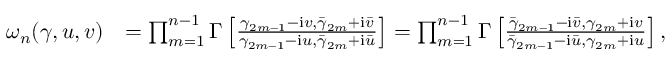
\begin{array} { r l } { \omega _ { n } ( \gamma , u , v ) } & { = \prod _ { m = 1 } ^ { n - 1 } \boldsymbol \Gamma \left[ \frac { \gamma _ { 2 m - 1 } - \mathrm { i } v , \bar { \gamma } _ { 2 m } + \mathrm { i } \bar { v } } { \gamma _ { 2 m - 1 } - \mathrm { i } u , \bar { \gamma } _ { 2 m } + \mathrm { i } \bar { u } } \right] = \prod _ { m = 1 } ^ { n - 1 } \boldsymbol \Gamma \left[ \frac { \bar { \gamma } _ { 2 m - 1 } - \mathrm { i } \bar { v } , \gamma _ { 2 m } + \mathrm { i } v } { \bar { \gamma } _ { 2 m - 1 } - \mathrm { i } \bar { u } , \gamma _ { 2 m } + \mathrm { i } u } \right] , } \end{array}